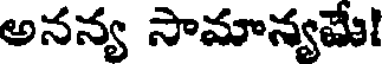
అనన్య సామాన్యమే!